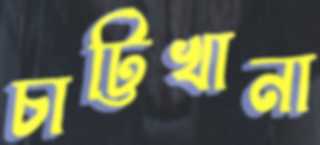
চাট্টিখানা